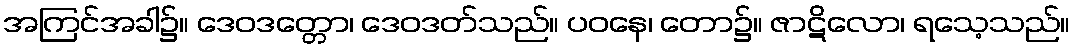
အကြင်အခါ၌။ ဒေဝဒတ္တော၊ ဒေဝဒတ်သည်။ ပဝနေ၊ တော၌။ ဇာဋိလော၊ ရသေ့သည်။